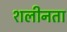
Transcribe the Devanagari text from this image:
शलीनता